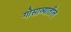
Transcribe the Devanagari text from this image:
गोसाव्यातील